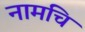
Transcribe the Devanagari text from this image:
नामचि